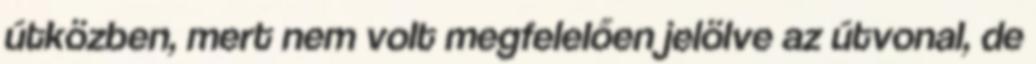
útközben, mert nem volt megfelelően jelölve az útvonal, de